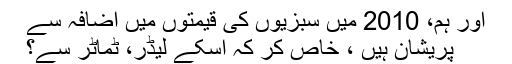
اور ہم، 2010 میں سبزیوں کی قیمتوں میں اضافہ سے
پریشان ہیں ، خاص کر کہ اسکے لیڈر، ٹماٹر سے؟